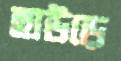
হাউড়ে